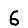
Digit: 6